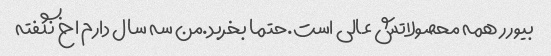
بیورر همه محصولاتش عالی است.حتما بخربد.من سه سال دارم اخ نگفته